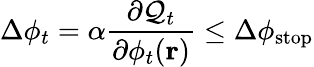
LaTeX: \Delta\phi_{t}=\alpha\frac{\partial\mathcal{Q}_{t}}{\partial\phi_{t}(\textbf{r})}\leq\Delta\phi_{\mathrm{stop}}